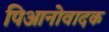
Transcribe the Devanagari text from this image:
पिआनोवादक